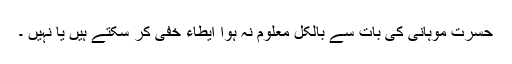
حسرت موہانی کی بات سے بالکل معلوم نہ ہوا ایطاء خفی کر سکتے ہیں یا نہیں ۔